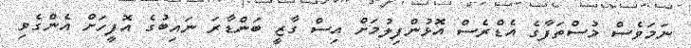
ނަމަވެސް މުސްތަފާގެ އެޑްރެސް އޮޅުންފިލުމަށް އިސް ގާޒީ ބަންޑާރަ ނައިބުގެ އޮފީހަށް އެންގެވި